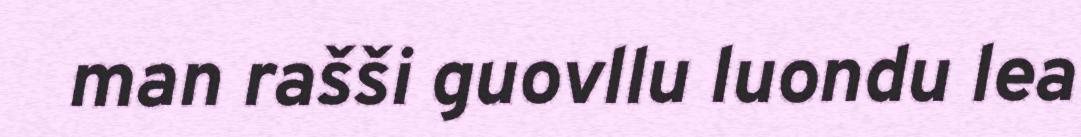
man rašši guovllu luondu lea